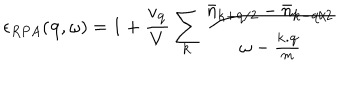
LaTeX: \epsilon _ { R P A } ( { \bf { q } } , \omega ) = 1 + \frac { v _ { { \bf { q } } } } { V } \sum _ { { \bf { k } } } \frac { { \bar { n } } _ { { \bf { k } } + { \bf { q } } / 2 } - { \bar { n } } _ { { \bf { k } } - { \bf { q } } / 2 } } { \omega - \frac { { \bf { k . q } } } { m } }